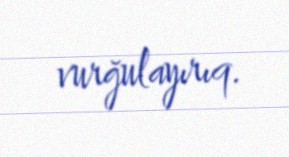
vurğulayırıq.